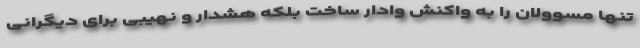
تنها مسوولان را به واکنش وادار ساخت بلکه هشدار و نهیبی برای دیگرانی